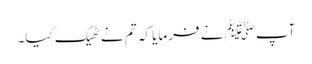
آپﷺ نے فرمایا کہ تم نے ٹھیک کیا۔